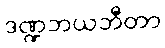
ဒဏ္ဍဘယဘီတာ